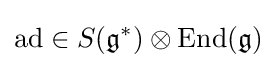
\mathrm {ad} \in S({\mathfrak {g}}^{\ast })\otimes \mathrm {End} ({\mathfrak {g}})